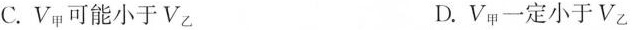
C.V_{甲}可能小于V_{乙} D.V_{甲}一定小于V_{乙}